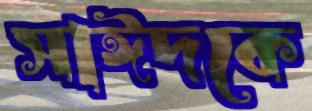
সাঈদকে